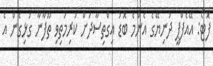
ފޮޓޯ: އޭއެފްޕީ ދުނިޔޭގެ އެންމެ ބޮޑު އިގްތިސާދަށް ކުރިމަތިވި ތޫފާނާ ގުޅިގެން އެ